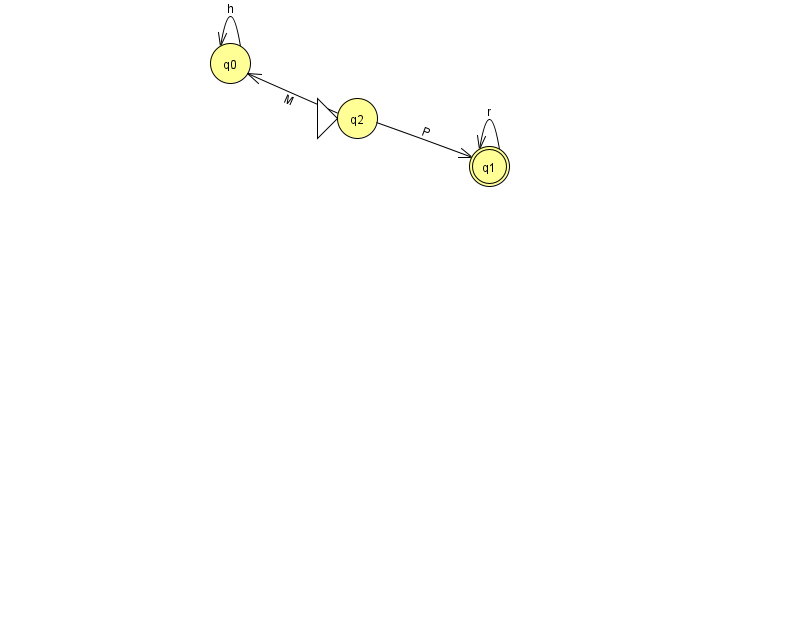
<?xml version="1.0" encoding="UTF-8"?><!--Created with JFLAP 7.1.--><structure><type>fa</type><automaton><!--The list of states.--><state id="0" name="q0"><x>230.0</x><y>50.0</y></state><state id="1" name="q1"><x>489.0</x><y>153.0</y><final/></state><state id="2" name="q2"><x>357.0</x><y>105.0</y><initial/></state><!--The list of transitions.--><transition><from>1</from><to>1</to><read>r</read></transition><transition><from>2</from><to>0</to><read>M</read></transition><transition><from>0</from><to>0</to><read>h</read></transition><transition><from>2</from><to>1</to><read>P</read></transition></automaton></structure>